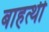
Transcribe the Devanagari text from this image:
बाहत्थी